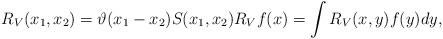
LaTeX: \begin{align*}R_V(x_1,x_2) = \vartheta(x_1-x_2) S(x_1,x_2)R_Vf(x) = \int R_V(x,y)f(y)dy,\end{align*}